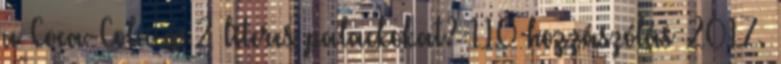
a Coca-Cola a 2 literes palackokat? 110 hozzászólás 2017.